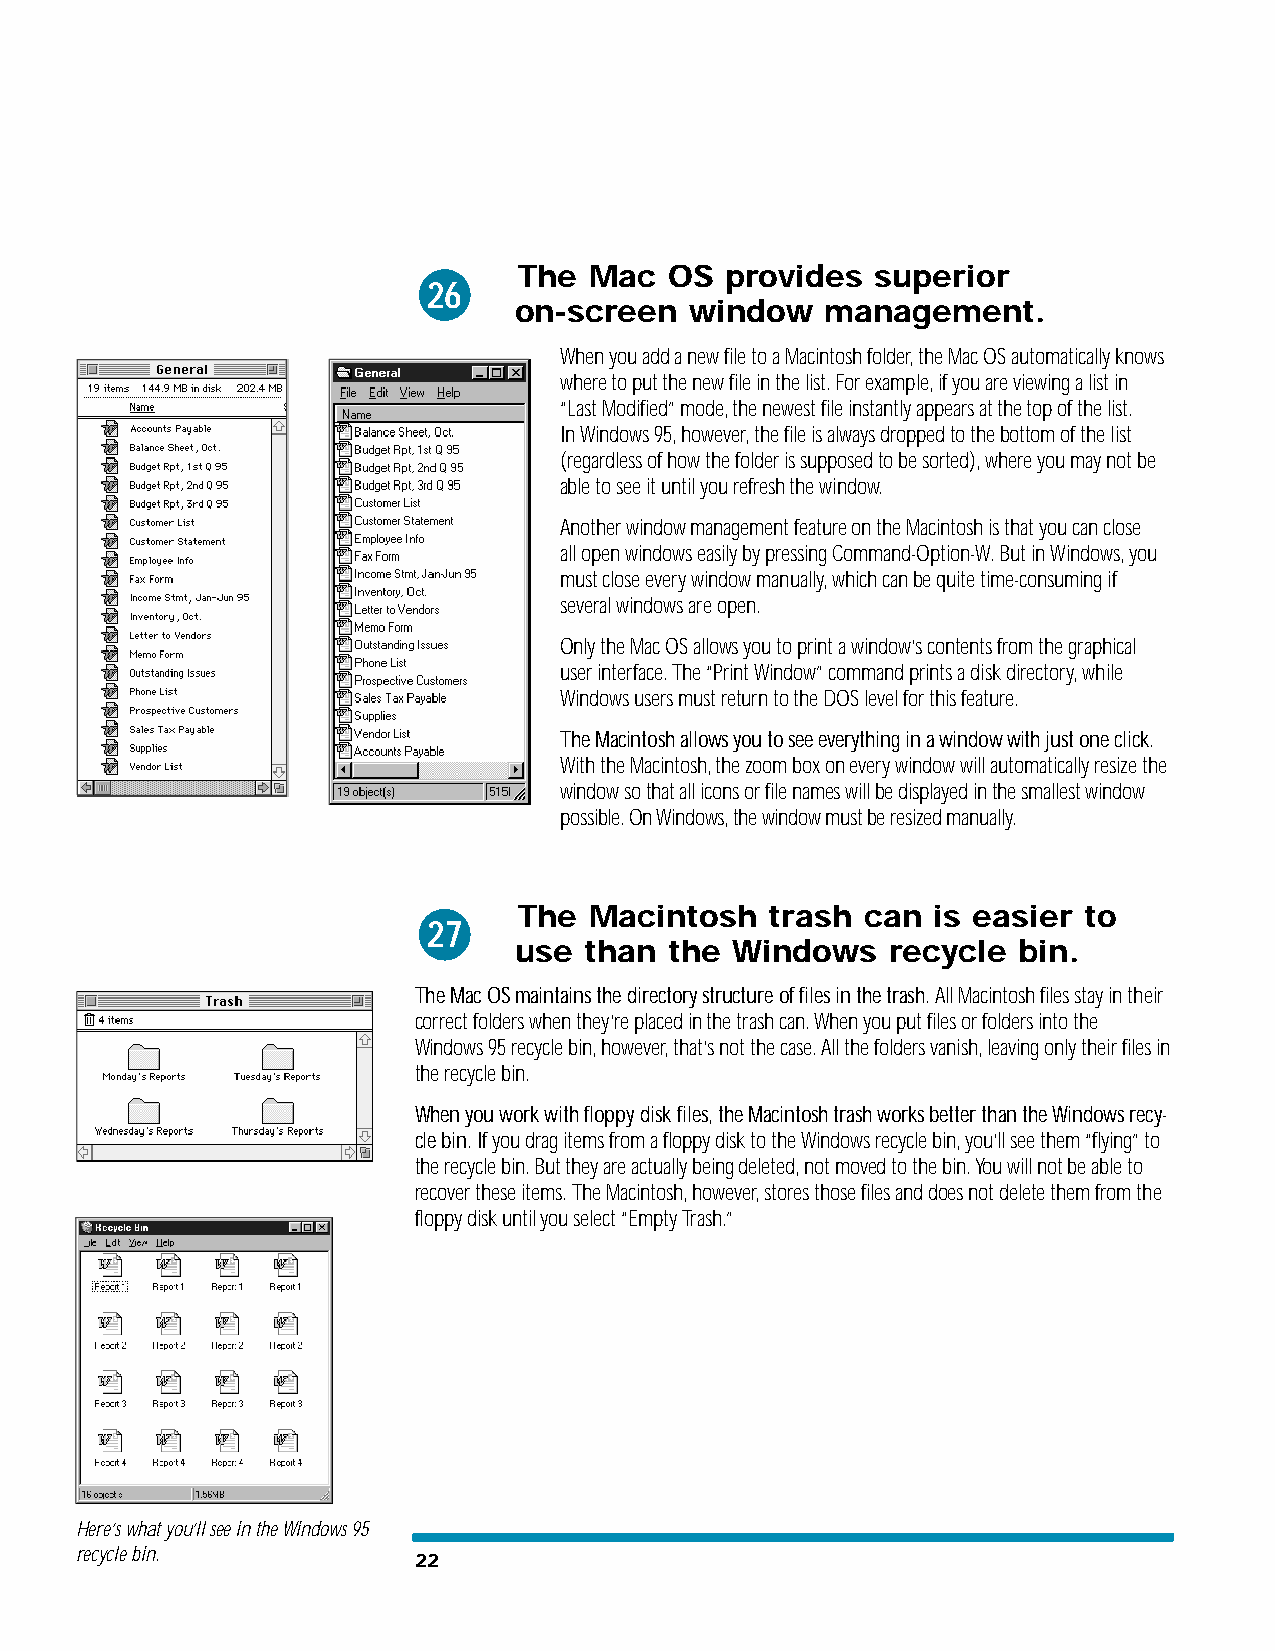
The  Mac  OS  provides  superior
 26
 on-screen   window   management.
 When you add a new file to a Macintosh folder, the Mac OS automatically knows
 where to put the new file in the list. For example, if you are viewing a list in
 “Last Modified” mode, the newest file instantly appears at the top of the list.
 In Windows 95, however, the file is always dropped to the bottom of the list
 (regardless of how the folder is supposed to be sorted), where you may not be
 able to see it until you refresh the window.
 Another window management feature on the Macintosh is that you can close
 all open windows easily by pressing Command-Option-W. But in Windows, you
 must close every window manually, which can be quite time-consuming if
 several windows are open.
 Only the Mac OS allows you to print a window’s contents from the graphical
 user interface. The “Print Window” command prints a disk directory, while
 Windows users must return to the DOS level for this feature.
 The Macintosh allows you to see everything in a window with just one click.
 With the Macintosh, the zoom box on every window will automatically resize the
 window so that all icons or file names will be displayed in the smallest window
 possible. On Windows, the window must be resized manually.
 The  Macintosh   trash can  is easier to
 27
 use  than the Windows    recycle bin.
 The Mac OS maintains the directory structure of files in the trash. All Macintosh files stay in their
 correct folders when they’re placed in the trash can. When you put files or folders into the
 Windows 95 recycle bin, however, that’s not the case. All the folders vanish, leaving only their files in
 the recycle bin.
 When you work with floppy disk files, the Macintosh trash works better than the Windows recy-
 cle bin. If you drag items from a floppy disk to the Windows recycle bin, you’ll see them “flying” to
 the recycle bin. But they are actually being deleted, not moved to the bin. You will not be able to
 recover these items. The Macintosh, however, stores those files and does not delete them from the
 floppy disk until you select “Empty Trash.”
 Here’s what you’ll see in the Windows 95
 recycle bin.          22